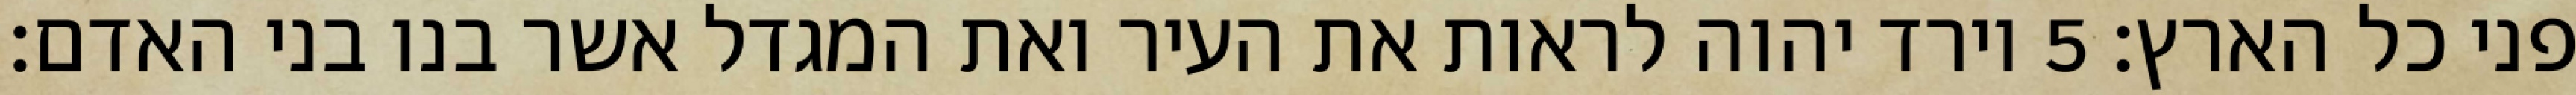
פני כל הארץ׃ ‎5‏ וירד יהוה לראות את העיר ואת המגדל אשר בנו בני האדם׃